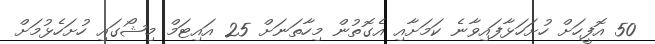
50 އޮފީހަށް ހުށަހަޅާފައިވާނެ ކަމަށާއި އެގޮތުން މިހާތަނަށް 25 އައިޓަމް މިޝޯގައި ހުށަހެޅުމަށް